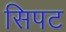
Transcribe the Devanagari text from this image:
सिपट